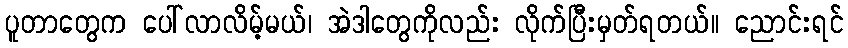
ပူတာတွေက ပေါ်လာလိမ့်မယ်၊ အဲဒါတွေကိုလည်း လိုက်ပြီးမှတ်ရတယ်။ ညောင်းရင်